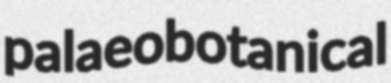
palaeobotanical